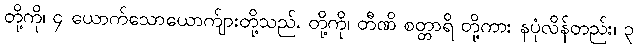
တို့ကို၊ ၄ ယောက်သောယောက်ျားတို့သည်, တို့ကို၊ တီဏိ စတ္တာရိ တို့ကား နပုံလိန်တည်း၊ ၃